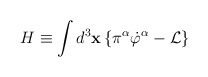
\begin{align*}H\equiv \int d^3\mathbf{x\,\{}\pi ^\alpha \dot{\varphi}^\alpha -\mathcal{L\}}\end{align*}